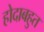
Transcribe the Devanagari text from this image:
होदाबहुत